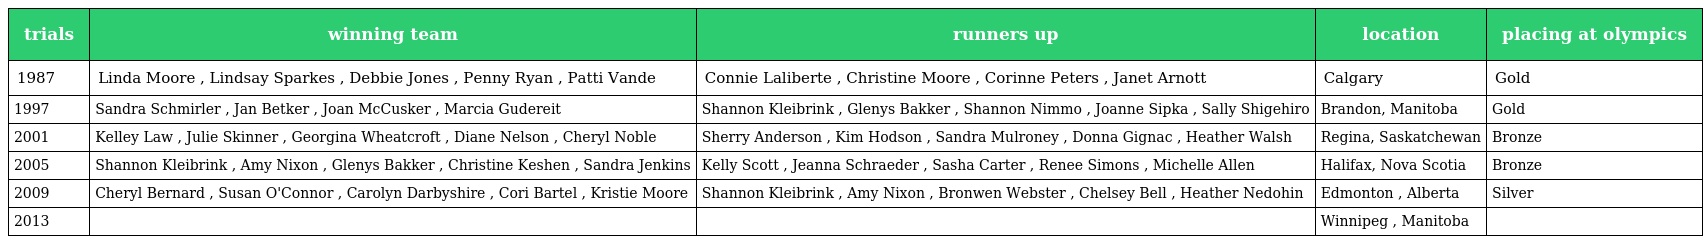
| trials | winning team | runners up | location | placing at olympics |
 | --- | --- | --- | --- | --- |
 | 1987 | Linda Moore , Lindsay Sparkes , Debbie Jones , Penny Ryan , Patti Vande | Connie Laliberte , Christine Moore , Corinne Peters , Janet Arnott | Calgary | Gold |
 | 1997 | Sandra Schmirler , Jan Betker , Joan McCusker , Marcia Gudereit | Shannon Kleibrink , Glenys Bakker , Shannon Nimmo , Joanne Sipka , Sally Shigehiro | Brandon, Manitoba | Gold |
 | 2001 | Kelley Law , Julie Skinner , Georgina Wheatcroft , Diane Nelson , Cheryl Noble | Sherry Anderson , Kim Hodson , Sandra Mulroney , Donna Gignac , Heather Walsh | Regina, Saskatchewan | Bronze |
 | 2005 | Shannon Kleibrink , Amy Nixon , Glenys Bakker , Christine Keshen , Sandra Jenkins | Kelly Scott , Jeanna Schraeder , Sasha Carter , Renee Simons , Michelle Allen | Halifax, Nova Scotia | Bronze |
 | 2009 | Cheryl Bernard , Susan O'Connor , Carolyn Darbyshire , Cori Bartel , Kristie Moore | Shannon Kleibrink , Amy Nixon , Bronwen Webster , Chelsey Bell , Heather Nedohin | Edmonton , Alberta | Silver |
 | 2013 |  |  | Winnipeg , Manitoba |  |